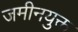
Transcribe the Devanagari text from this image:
जमीनयुक्त